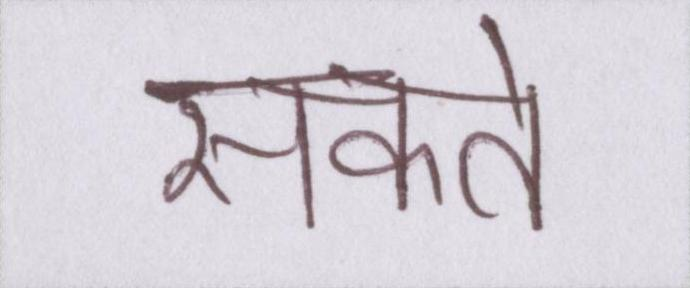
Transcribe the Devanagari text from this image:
सकते